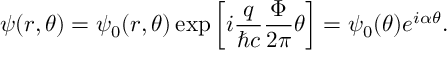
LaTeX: \psi ( r , \theta ) = \psi _ { 0 } ( r , \theta ) \exp \left[ i { \frac { q } { \hbar c } } { \frac { \Phi } { 2 \pi } } \theta \right] = \psi _ { 0 } ( \theta ) e ^ { i \alpha \theta } .